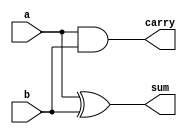
`timescale 1ns / 1ps
/**************
Name: Partha Singha Roy
Date: 31-07-2023
***************/

module half_adder(
    input a,b,
    output carry,sum
    );
    assign sum = a^b;
    assign carry = a&b;      
endmodule